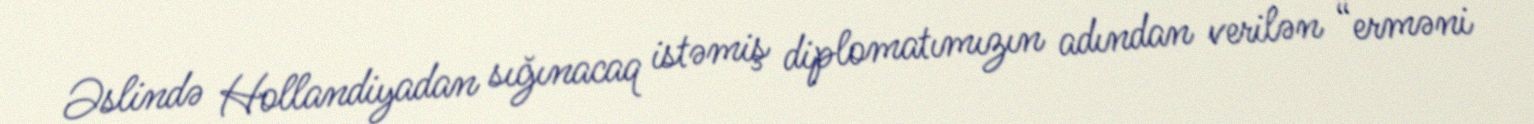
Əslində Hollandiyadan sığınacaq istəmiş diplomatımızın adından verilən “erməni